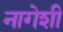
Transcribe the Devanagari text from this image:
नागेशी